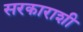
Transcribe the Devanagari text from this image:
सरकाराशी